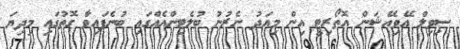
ސިވިލް އޭވިއޭޝަން އޮތޯރިޓީ އިން މިއަދު ނެރުނު ބުލެޓިންއެއްގައި ބުނެފައިވާ ގޮތުގައި މިދިޔަ